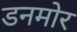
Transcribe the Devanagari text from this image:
डनमोर